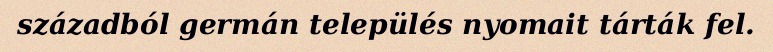
századból germán település nyomait tárták fel.